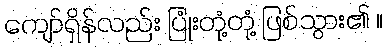
ကျော်ရှိန်လည်း ပြုံးတုံ့တုံ့ ဖြစ်သွား၏ ။